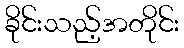
ခိုင်းသည့်အတိုင်း